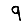
Digit: 9